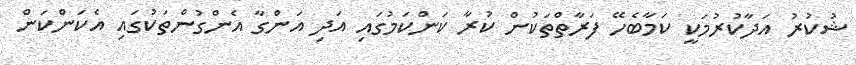
ޝުކުރު އަދާކުރުމަކީ ކަމާބެހޭ ފަރާތްތަކުން ކުރާ ކަންކަމުގައި އަދި އަންގާ އެންގުންތަކުގައި އެކަންކަން